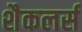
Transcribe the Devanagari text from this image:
शैकलर्स